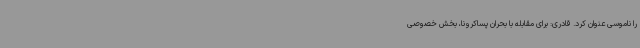
را ناموسی عنوان کرد. قادری: برای مقابله با بحران پساکرونا، بخش خصوصی